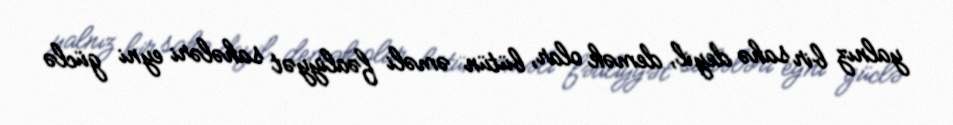
yalnız bir sahə deyil, demək olar, bütün əməli fəaliyyət sahələri eyni güclə